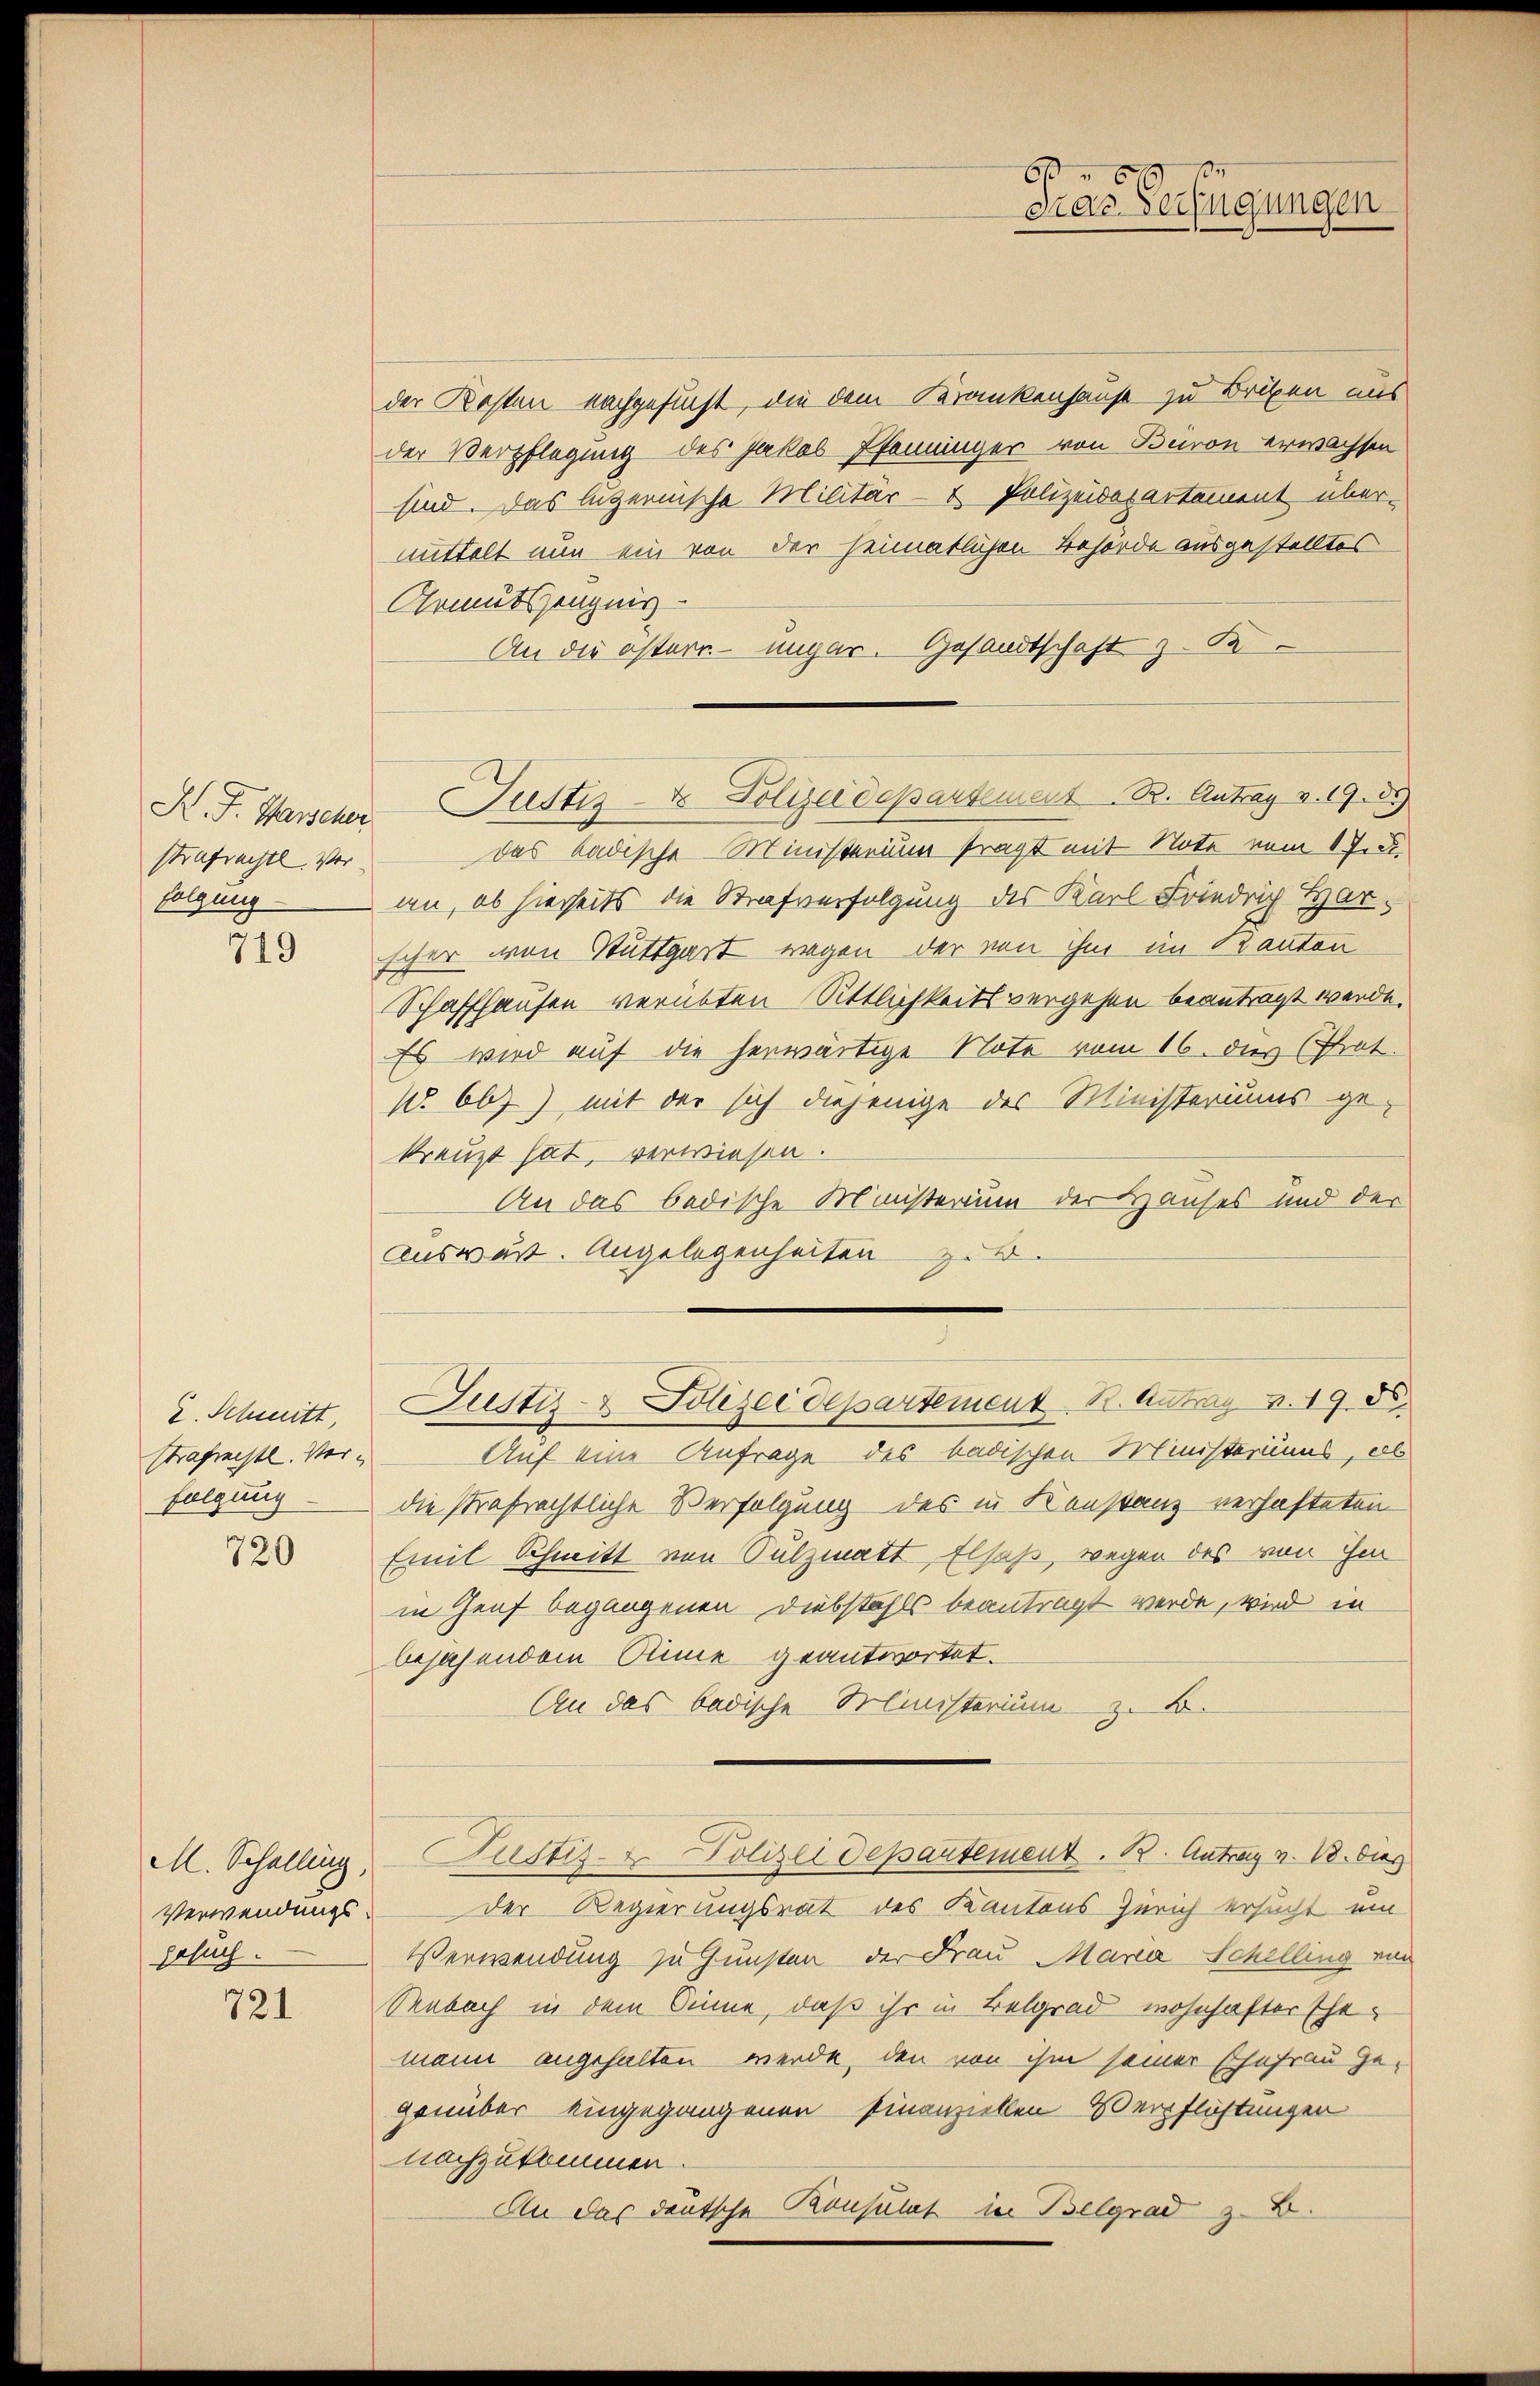
strafrechtl. Vor
folgung

719

2. Schmitt
Strafrechtl. Verfolgung

720

M. Schelling,
Verwendungsbesuch

721

der Kosten nachgesucht, die dem Krankenhause zu Briben aus
der Verpflegung des Jakob Pfenninger von Baron erwachsen
sind. Das luzernische Militär- & Polizeidepartement übermittelt nun ein von der heimatlichen Behörde ausgestelltes
Armutszeugnis
An die österr. ungar. Gesandtschaft z. B
K. F. Hanscher Justiz- & Polizeidepartement 83. Antrag v. 19. 35
das badische Ministerium fragt mit Note vom 1 Juli.
an, ob hierseits die Strafverfolgung des Karl Friedrich Harscher von Stuttgart wegen der von ihm im Kanton
Schaffhausen verübten Sittlichkeitsvergehen beantragt werde.
Es wird auf die herwärtige Note vom 16. des Prot.
1. 667), mit der sich diejenige des Ministeriums ge-
kreuzt hat, verwiesen.
An das bedische Ministerium der Hauses und der
Auswert. Angelegenheiten zur
Justiz- & Polizei departement. B. Antrag v. 19. 56.
Auf eine Anfrage des badischen Ministeriums, al
die Strafrechtliche Verfolgung des in Konstanz verhafteten
Emil Schmitt von Sulzmatt, Elsaß, wegen des von ihm
in Genf begangenen Diebstahls beantragt werde, wird in
bejahendem Sinne geantwortet.
An das badische Ministerium z. B.
Justiz- & Polizeidepartement. B. Antrag v. 18. dies
Der Regierungsrat des Kantons Zürich ersucht um
Verwendung zu Gunsten der Frau Maria Schelling von
Seebach in dem Sinne, daß ihr in Belgrad wohnhafter Ehemann angehalten werde, den von ihm seiner Ehefrau Ge-
genüber eingegangenen finanziellen Verpflichtungen
nachzukommen
An das deutsche Konsulat in Belgrad z. B.

103
54
das Verfügungen